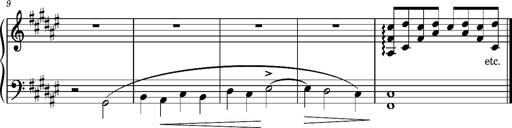
Title: Album-Leaf '12 Einleitungs Takten zur Harmonie poetique: BÃ©nÃ©diction de Dieu dans la solitude', S.166x
Composer: Franz Liszt
Key: F-sharp major